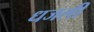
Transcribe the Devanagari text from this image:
धजली